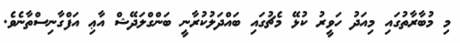
މި މުބާރާތުގައި މިއަދު ހަވީރު ކުޅޭ މެޗުގައި ބައްދަލުކުރާނީ ބަންގްލަދޭޝް އާޢި އަފްގާނިސްތާނެވެ.